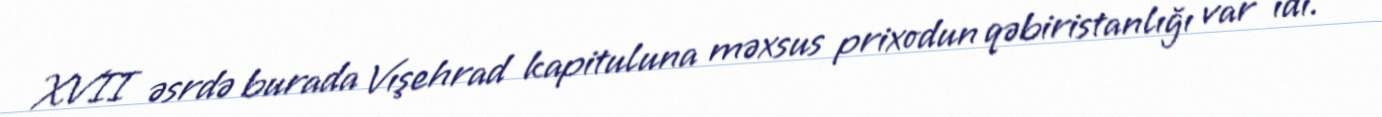
XVII əsrdə burada Vışehrad kapituluna məxsus prixodun qəbiristanlığı var idi.